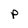
Character: p